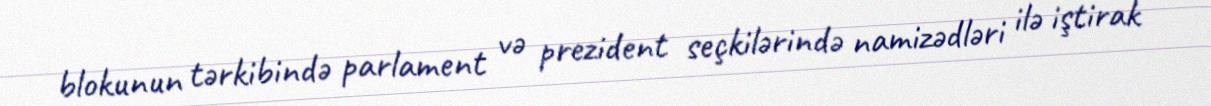
blokunun tərkibində parlament və prezident seçkilərində namizədləri ilə iştirak